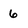
Character: 6